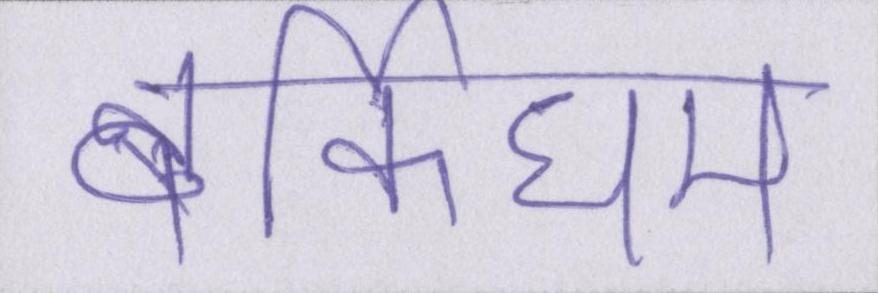
बर्किघम